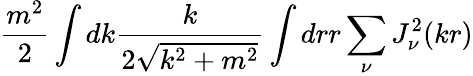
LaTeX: \frac{m^{2}}2\int dk\frac{k}{2\sqrt{k^{2}+m^{2}}}\int drr\sum_{\nu}J_{\nu}^{2}(kr)